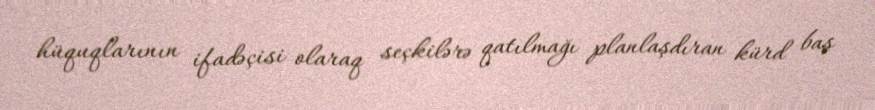
hüquqlarının ifadəçisi olaraq seçkilərə qatılmağı planlaşdıran kürd baş